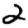
Digit: 2